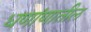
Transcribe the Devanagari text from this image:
धणांणातील